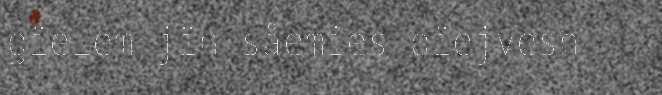
gïelem jïh såemies dïejvesh